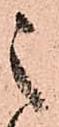
之